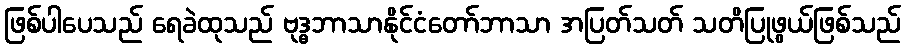
ဖြစ်ပါပေသည် ရေခဲထုသည် ဗုဒ္ဓဘာသာနိုင်ငံတော်ဘာသာ အပြတ်သတ် သတိပြုဖွယ်ဖြစ်သည်